Vaccination in Bombay 1913-1923 - 1913-1923
Year: 1913
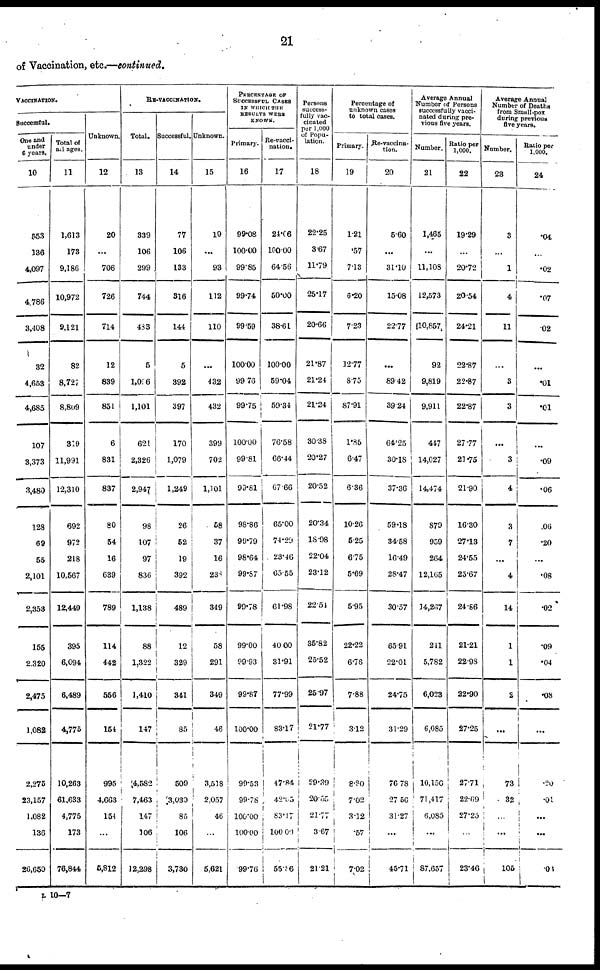
21
of Vaccination, etc.—continued.
VACCINATION.
Successful.
One and
under
6 years.
10
553
136
4,097
4,786
3,408
32
4,653
4,685
107
3,373
3,480
128
69
55
2,101
2,353
155
2,320
2,475
1,082
2,275
23,157
1,082
136
26,650
Total of
all ages.
11
1,613
173
9,186
10,972
9,121
82
8,727
8,809
319
11,991
12,310
692
972
218
10,567
12,449
395
6,094
6,489
4,775
10,263
61,633
4,775
173
76,844
Unknown.
12
20
...
706
726
714
12
839
851
6
831
837
80
54
16
639
789
114
442
556
154
995
4,663
154
...
5,812
RE-VACCINATION.
Total.
13
339
106
299
744
433
5
l,006
1,101
621
2,326
2,947
98
107
97
836
1,138
88
1,322
1,410
147
4,582
7,463
147
106
12,298
Successful.
14
77
106
133
316
144
5
392
397
170
1,079
1,249
26
52
19
392
489
12
329
341
85
509
3,030
85
106
3,730
Unknown.
15
19
...
93
112
110
...
432
432
399
702
1,101
58
37
16
230
349
58
291
349
46
3,518
2,057
46
...
5,621
PERCENTAGE OF
SUCCESSFUL CASES
IN WHICH THE
RESULTS WERE
KNOWN.
Primary.
16
99.08
100.00
99.85
99.74
99.59
100.00
99.76
99.75
100.00
99.81
99.81
98.86
99.79
98.64
99.87
99.78
99.00
99.93
99.87
100.00
99.53
99.78
100.00
100.00
99.76
Re-vacci-
nation.
17
24.06
100.00
64.56
50.00
38.61
100.00
59.04
59.34
76.58
66.44
67.66
65.00
74.20
23.46
65.55
61.98
40.00
31.91
77.99
83.17
47.84
42.65
83.17
100.00
55.06
Persons
success-
fully vac-
cinated
per 1,000
of Popu-
lation.
18
22.25
3.67
11.79
25.17
20.66
21.87
21.24
21.24
30.38
20.27
20.52
20.34
18.98
22.04
23.12
22.51
35.82
25.52
25.97
21.77
29.39
20.555
21.77
3.67
21.21
Percentage of
unknown cases
to total cases.
Primary.
19
1.21
.57
7.13
6.20
7.23
12.77
8.75
87.91
1.85
6.47
6.36
10.26
5.25
6.75
5.69
5.95
22.22
6.76
7.88
3.12
8.80
7.02
3.12
.57
7.02
Re- vaccina-
tion.
20
5.60
...
31.10
15.08
22.77
...
89.42
39.24
64.25
30.18
37.36
59.18
34.58
16.49
28.47
30.57
65.91
22.01
24.75
31.29
76.78
27.56
31.27
...
45.7
Average Annual
Number of Persons
successfully vacci-
nated during pre-
vious five years.
Number.
21
1,465
...
11,108
12,573
10,857
92
9,819
9,911
447
14,027
14,474
879
959
264
12,165
14,267
211
5,782
6,023
6,085
10,156
71,417
6,085
...
87,657
Ratio per
1,000.
22
19.29
...
20.72
20.54
24.21
22.87
22.87
22.87
27.77
21.75
21.90
16.30
27.13
24.55
25.67
24.86
21.21
22.98
22.90
27.25
27.71
22.69
27.25
...
23.46
Average Annual
Number of Deaths
from Small-pox
during previous
five years.
Number.
23
3
...
1
4
11
...
3
3
...
3
4
3
7
...
4
14
1
1
2
...
73
32
...
...
105
Ratio per
1,000.
24
.04
...
.02
.07
.02
...
.01
.01
...
.09
.06
.06
.20
...
.08
.02
.09
.04
.08
...
.20
.01
...
...
.03
L 10—7